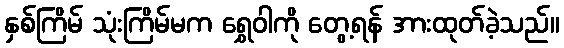
နှစ်ကြိမ် သုံးကြိမ်မက ရွှေဝါကို တွေ့ရန် အားထုတ်ခဲ့သည်။